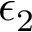
\epsilon _ { 2 }